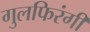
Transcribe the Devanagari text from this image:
गुलफिरंगी